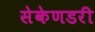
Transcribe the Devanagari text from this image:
सेकेणडरी